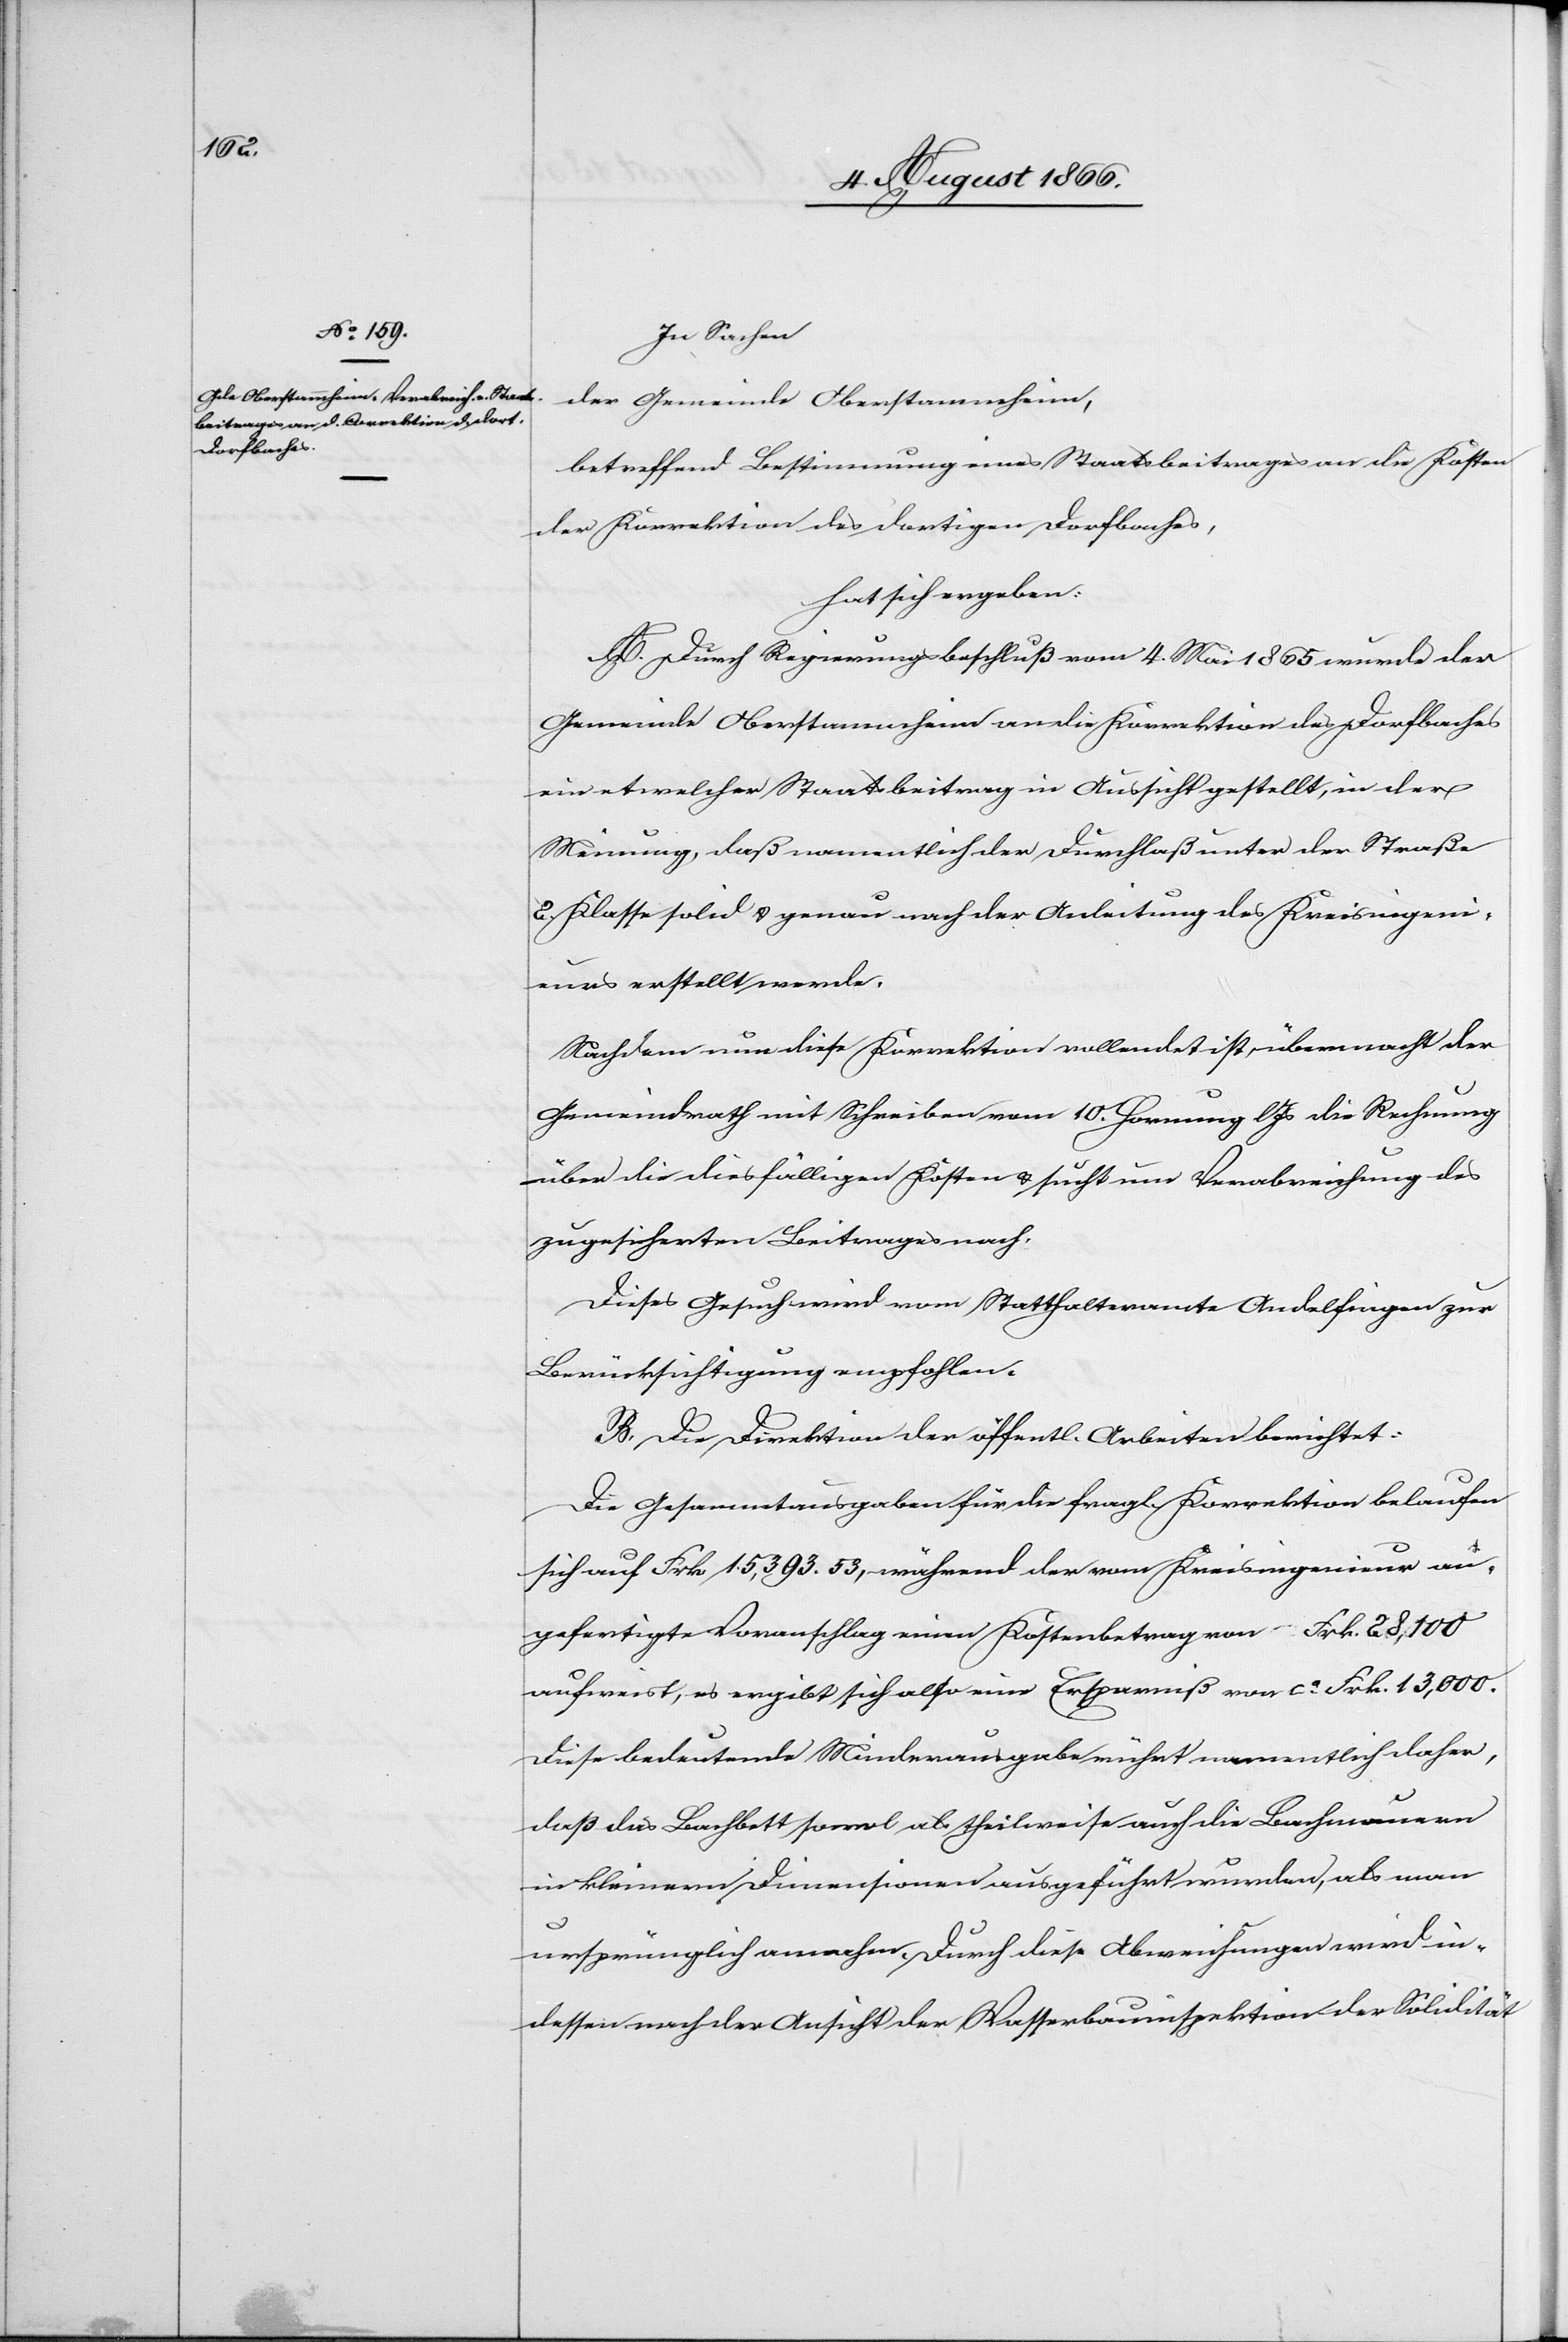
In Sachen
der Gemeinde Oberstammheim,
betreffend Bestimmung eines Staatsbeitrages an die Kosten
der Korrektion des dortigen Dorfbaches,
hat sich ergeben:
A. Durch Regierungsbeschluß vom 4. März 1865 wurde der
Gemeinde Oberstammheim an die Korrektion des Dorfbaches
ein etwelcher Staatsbeitrag in Aussicht gestellt, in der
Meinung, daß namentlich der Durchlaß unter der Straße
2. Klasse solid u. genau nach der Anleitung des Kreisingeni¬
eurs erstellt werde.
Nachdem nun diese Korrektion vollendet ist, übermacht der
Gemeindrath mit Schreiben vom 10. Hornung die Rechnung
über die diesfälligen Kosten u. sucht um Verabreichung des
zugesicherten Beitrages nach.
Dieses Gesuch wird vom Statthalteramte Andelfingen zur
Berücksichtigung empfohlen.
B. Die Direktion der öffentl. Arbeiten berichtet:
Die Gesammtausgaben für die fragl. Korrektion belaufen
sich auf Frk. 15 393.53, während der vom Kreisingenieur an¬
gefertigte Voranschlag einen Kostenbetrag von Frk. 28 100
ausweist, es ergibt sich also eine Ersparniß von ca. Frk. 13 000.
Diese bedeutende Minderausgabe rührt namentlich daher,
daß das Bachbett sowol als theilweise auch die Bachmauern
in kleinern Dimensionen ausgeführt wurden, als man
ursprünglich annahm. Durch diese Abweichung wird in¬
dessen nach der Ansicht der Wasserbauinspektion der Solidität